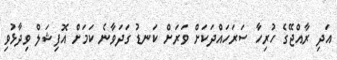
އަދި ރާއްޖޭގެ ހުރިހާ ސަރަހައްދަކަށް ވަރަށް ކަނޑު ގަދަވާނެ ކަމަށް އޮފިޝަލް ވިދާޅުވި